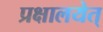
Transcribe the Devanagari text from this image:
प्रक्षालयेत्